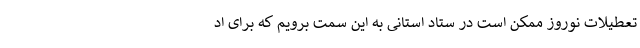
تعطیلات نوروز ممکن است در ستاد استانی به این سمت برویم که برای اد